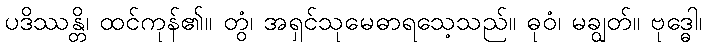
ပဒိဿန္တိ၊ ထင်ကုန်၏။ တွံ၊ အရှင်သုမေဓာရသေ့သည်။ ဓုဝံ၊ မချွတ်။ ဗုဒ္ဓေါ၊